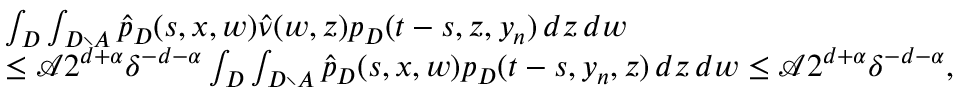
\begin{array} { r l } & { \int _ { D } \int _ { D \setminus A } \hat { p } _ { D } ( s , x , w ) \hat { \nu } ( w , z ) p _ { D } ( t - s , z , y _ { n } ) \, d z \, d w } \\ & { \leq \mathcal { A } 2 ^ { d + \alpha } \delta ^ { - d - \alpha } \int _ { D } \int _ { D \setminus A } \hat { p } _ { D } ( s , x , w ) p _ { D } ( t - s , y _ { n } , z ) \, d z \, d w \leq \mathcal { A } 2 ^ { d + \alpha } \delta ^ { - d - \alpha } , } \end{array}